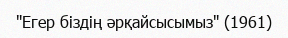
"Егер біздің әрқайсысымыз" (1961)